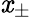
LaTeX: \mathit{x}_{\pm}